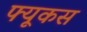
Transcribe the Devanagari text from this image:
फ्यूकस